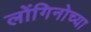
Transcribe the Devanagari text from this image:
लोंगिनोच्या